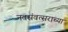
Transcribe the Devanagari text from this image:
नवसंवत्सराच्या